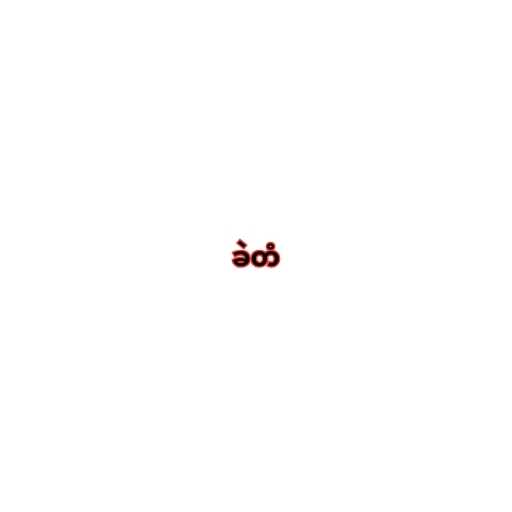
ခဲတံ